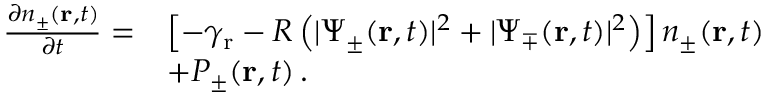
\begin{array} { r l } { \frac { \partial n _ { \pm } ( \mathbf { r } , t ) } { \partial t } = } & { \left[ - \gamma _ { \mathrm { r } } - R \left( | \Psi _ { \pm } ( \mathbf { r } , t ) | ^ { 2 } + | \Psi _ { \mp } ( \mathbf { r } , t ) | ^ { 2 } \right) \right] n _ { \pm } ( \mathbf { r } , t ) } \\ & { + P _ { \pm } ( \mathbf { r } , t ) \, . } \end{array}